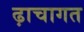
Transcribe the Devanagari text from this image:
ढ़ाचागत